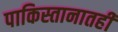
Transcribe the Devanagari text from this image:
पाकिस्तानातही